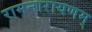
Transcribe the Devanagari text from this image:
रामनारायणम्